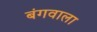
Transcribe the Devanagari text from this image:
बंगवाला